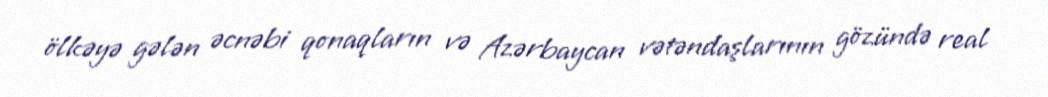
ölkəyə gələn əcnəbi qonaqların və Azərbaycan vətəndaşlarının gözündə real